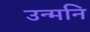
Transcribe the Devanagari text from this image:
उन्मनि